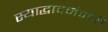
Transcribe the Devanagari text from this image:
स्याद्धादमंजरी